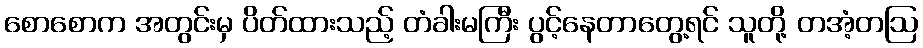
စောစောက အတွင်းမှ ပိတ်ထားသည့် တံခါးမကြီး ပွင့်နေတာတွေ့ရင် သူတို့ တအံ့တဩ